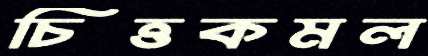
চিত্তকমল